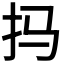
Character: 𫼗